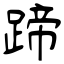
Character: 蹄